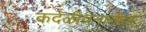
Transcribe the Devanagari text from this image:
कर्दळीवनातील